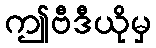
ဤဗီဒီယိုမှ